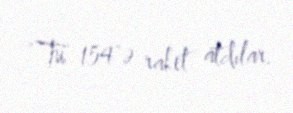
“Tu 154"ə raket atdılar.